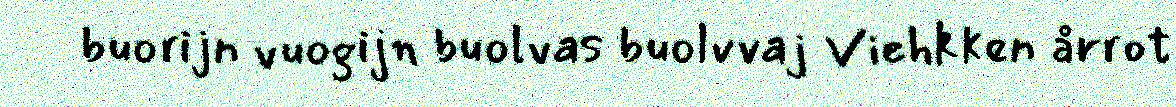
buorijn vuogijn buolvas buolvvaj Viehkken årrot